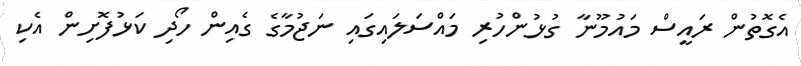
އެގޮތުން ރައީސް މައުމޫނާ ގުޅުންހުރި މައްސަލައިގައި ނަޖުމާގެ ގެއިން ހޯދި ކަޅުފޮށިން އެކި